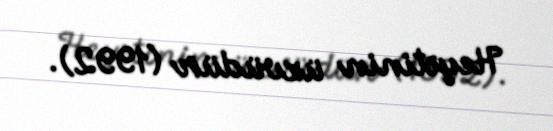
Heyətinin üzvüdür (1992).